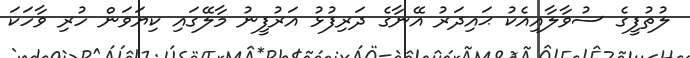
ލުތުފީގެ ސުވާލާއިއެކު ޙައިދަރު އޭނާގެ ދަރިފުޅު އަރުފީނު މާލޭގައި ކިޔަވަން ހުރި ވާހަކަ